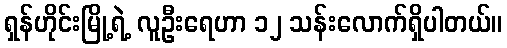
ရှန်ဟိုင်းမြို့ရဲ့ လူဦးရေဟာ ၁၂ သန်းလောက်ရှိပါတယ်။